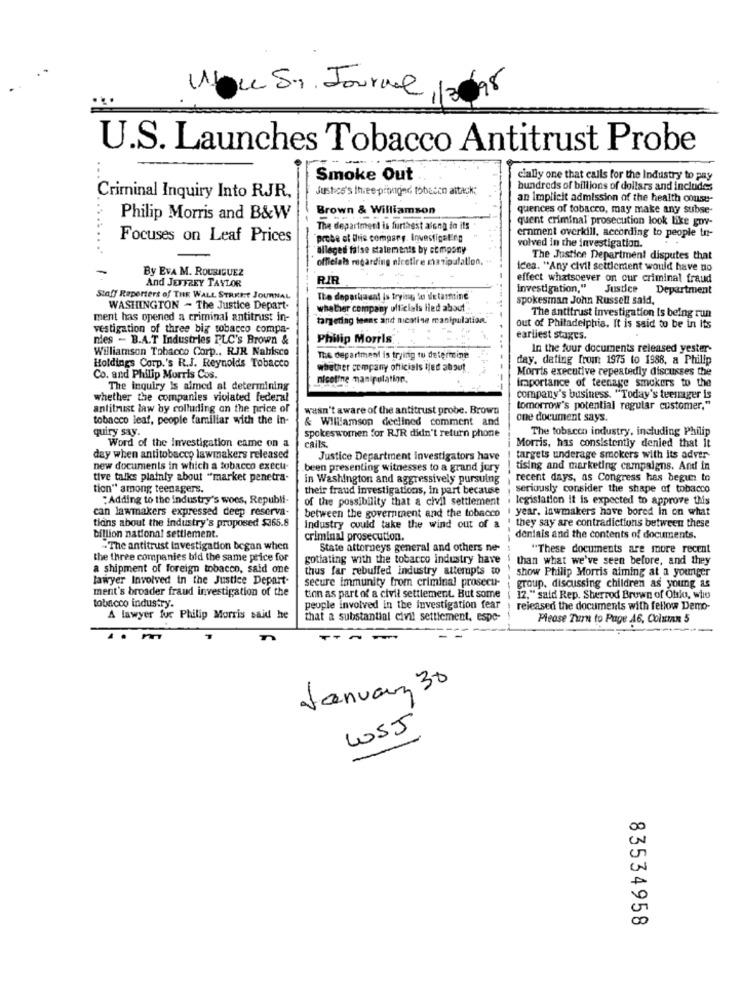
11ou S, Journe
U.S. Launches Tobacco Antitrust Probe
Smoke Out
cially one that calls for the Industry to pay
Justice's three pronged tobacco attack:
hundreds of billions of dollars and includes
Criminal Inquiry Into RJR.
an Implicit admission of the health conse
Brown & Williamson
quences of tobacco, may make any subse-
Philip Morris and B&W
quent criminal prosecution look like goy-
The department is furthest along in its
ernment overkill, according to people to-
Focuses on Leaf Prices
probe ot tie company. Investigating
alleges false statements by ot mpony
volved in the investigation.
officials regarding nicetire manipulation.
The Justice Department disputes that
By EVA M. ROUBIGUEZ
icea. "Any civil settlement would have no
And JEFFREY TAYLOR
RIR
effect whatsoever on our criminal fraud
investigation."
Justice Department
Staff Reporters of THE WALL STREET JOURNAL
The department is trying to de tarmine
spokesman John Russell said,
WASHINGTON - The Justice Depart-
whether company ofl'elals lied about
ment has opened a criminal antitrust in-
targeting teens and nicotine manipulation."
The antitrust investigation Is being run
vestigation of three big tobacco compa-
out of Philadelphia. It is said to be in Its
nies - B.A.T Industries PLC's Brown &
Philip Morris
earliest stages.
Williamson Tobacco Corp ., RJR Nabisco
In the four documents released yester-
The department is trying to determine
day. deting from 1975 to 1988, a Philip
Holdings Corp.'s R.J. Reynolds Tobacco
whether company officiels lied about
Morris executive repeatedly discusses the
Co. and Philip Morris Cos.
nicotine manipulation.
Importance of teenage smokers to the
The inquiry Is aimed at determining
whether the companies violated federal
company's business. "Today's teenager is
antitrust law by colluding on the price of
wasn't aware of the antitrust probe. Brown
tomorrow's potential regular customer,"
tobacco leaf, people familiar with the In-
& Williamson declined comment and
one document says.
quiry say.
The tobacco industry, including Philip
spokeswornen for RJR didn't return phone
calls.
Morris, has consistently denied that It
Word of the Investigation came on a
day when antitobacco lawmakers released
Justice Department investigators have
targets underage smokers with its adver
new documents in which a tobacco execu-
been presenting witnesses to a grand jury
tising and marketing campaigns. And in
tive talks plainly about "market penetra-
in Washington and aggressively pursuing
recent days, as Congress has begun to
tion" among teenagers.
their fraud investigations, in part because
seriously consider the shape of tobacco
:Adding to the industry's woes, Republi-
of the possibility that a civil settlement . legislation it is expected to approve this
can lawmakers expressed deep reserva-
between the government and the tobacco . year. lawmakers have bored In on what
tians about the Industry's proposed $365.8
they say are contradictions between these
Industry could take the wind out of a
billion national settlement.
criminal prosecution.
dentais and the contents of documents.
- The antitrust investigation began when
State attorneys general and others ne-
"These documents are more recent
the three companies bid the same price for
gotiating with the tobacco industry have
than what we've seen before, and they
a shipment of foreign tobacco, said one
thus far rebuffed industry attempts wo
show Philip Morris aiming at a younger
lawyer Involved in the Justice Depart
secure immunity from criminal prosecu-
ment's broader fraud investigation of the
group. discussing children as young as
tion as part of a civil settlement. But some
12," said Rep. Sherrod Brown of Ohio, who
tobacco industry.
people involved in the investigation fear
released the documents with fellow Demo-
A lawyer fur Philip Morris said he
that a substantial civil settlement, espe-
Please Turn to Page 46, Column 5
January 30
WSJ
83534958